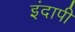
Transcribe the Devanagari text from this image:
इंदापी